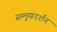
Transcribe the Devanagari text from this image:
सम्मुखदर्शन